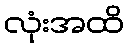
လုံးအထိ